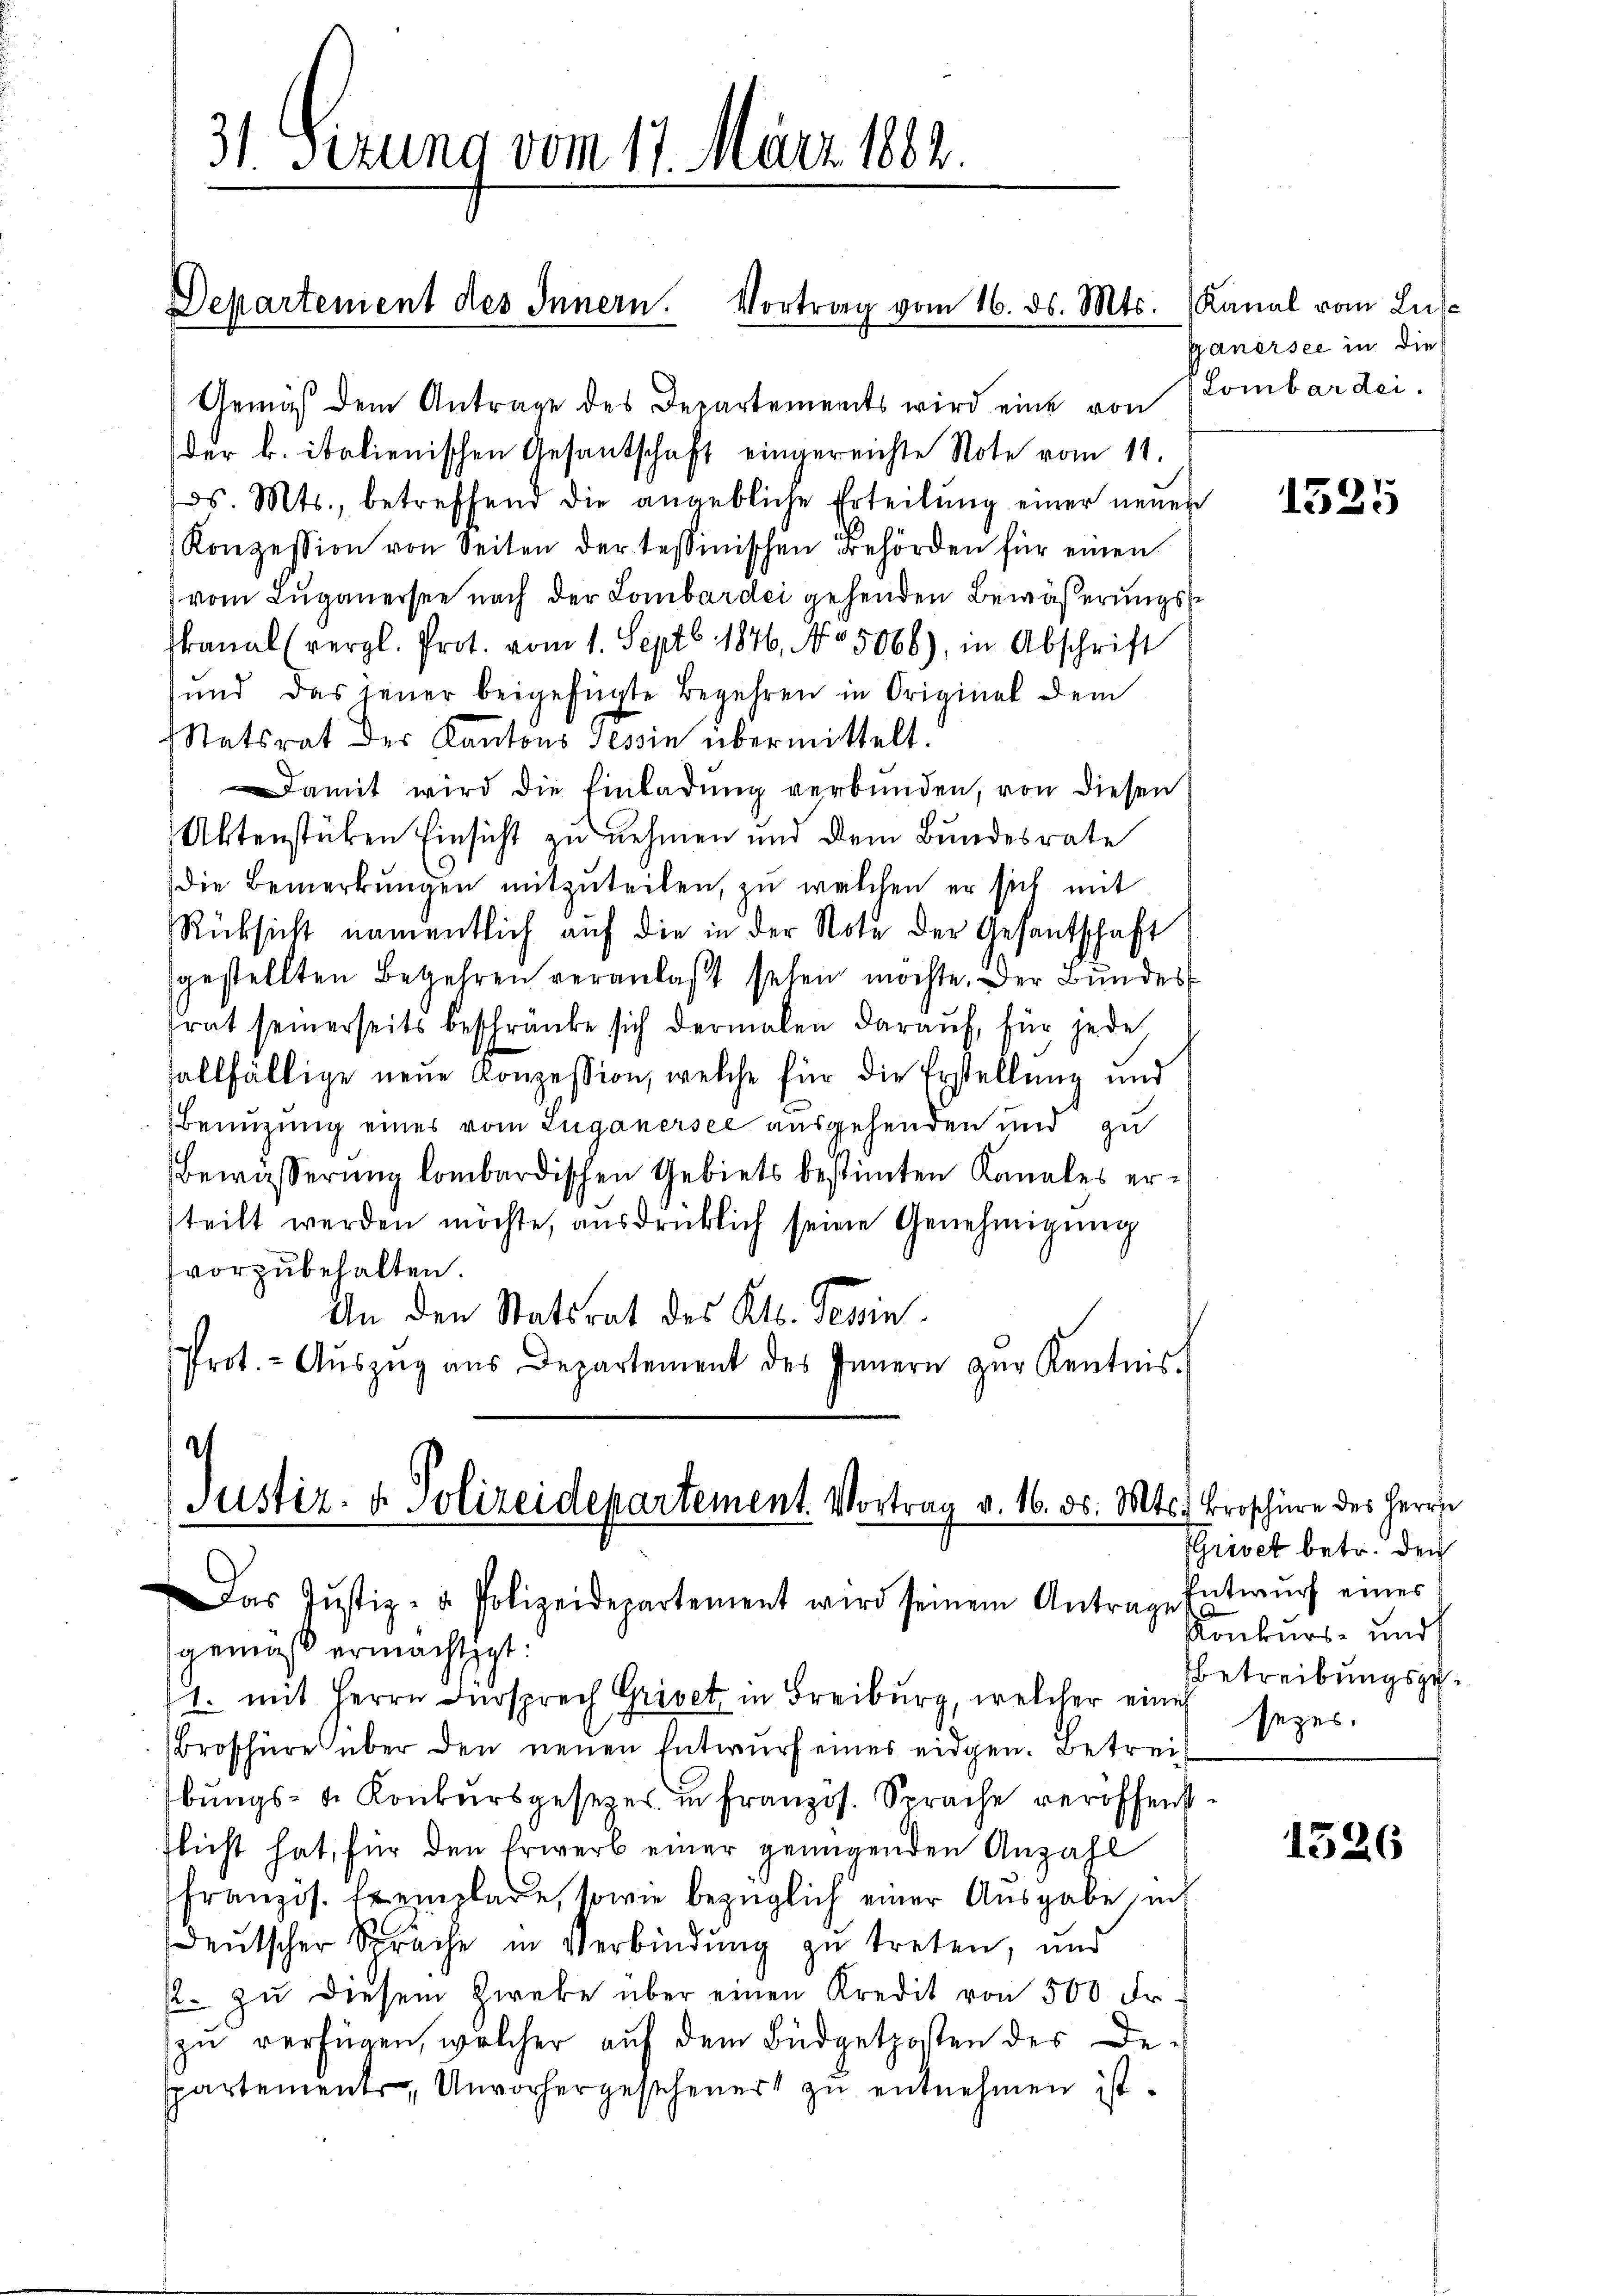
31 Sezung vom 17. März 1882

Departement des Innern. Vortrag vom 16. ds. Mts. (Kanal vom Luze

Gemäß dem Antrage des Departements wird eine von Lombar dei-

der B. italienischen Gesantschaft eingereichte Note vom 11.
Jos. Mts., betreffend die angebliche Erteilŭng einer neŭen
Konzession von Seiten der tessinischen Behörden für einen
vom Lŭganersee nach der Lombardei gehenden Bewäβerŭngs-
kanal (vergl. Prot. vom 1. Septb. 1846, No 5068), in Abschrift
sund das jener beigefügte Begehren in Original dem
Statsrat der Kantons Tessin übermittelt.
Damit wird die Einladŭng verbunden, von diesen
Aktenstücken Einsicht zu nehmen und dem Bundesrate
die Bemerkungen mitzuteilen, zu welchen er sich mit
Rücksicht namentlich auf die in der Note der Gesantschaft
sgestellten Begehren veranlaßt sehen möchte. Der Bundes
rat seinerseits beschränke sich dermalen darauf, für jede
sallfällige neue Konzession, welche für die Erstellung und
Benuzung eines vom Luganersee ausgehenden und zu
Bewässerung lombardischen Gebiets bestimten Kanales ersteilt werden möchte, ausdrücklich seine Genehmigŭng
vorzubehalten.
An den Statsrat des Kts. Teßin.
Prot. - Aŭszŭg aŭs Departement des Innern zŭr Kentnis.

Justiz- & Polizeidepartement. Vortrag v. 16. ds. Mts. Broschüre des Herrn

as Justiz- & Polizeidepartement wird seinem Antrage Entwŭrf eines
gemäß ermächtigt:
1. mit Herrn Fürsprech Grivet in Freiburg, welcher eine
Broschüre über den neŭen Entwŭrf eines eidgen. Betreibŭngs- u. Konkursgesezes in franzos. Sprache veröffend
flicht hat, für den Erwerb einer genügenden Anzahl
französ. Exemplare, sowie bezüglich einer Ausgabe, ich
deutscher Sprache in Verbindung zu treten, und
½. zŭ diesem Zwecke über einen Kredit von 500 Fr.
zu verfügen, welcher auf dem Büdgetposten des Despartement, Unvorhergescheuert zŭ entnehmen ist.

Ganersee in die

1525

GGrivet betr. den
Konkurs- und
betreibungsgesezes.

1526